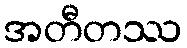
အတီတဿ